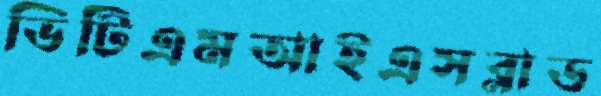
ভিটিএমআইএসব্লাড